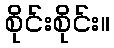
စိုင်းစိုင်း။